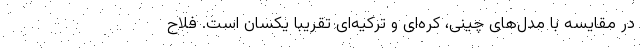
در مقایسه با مدل‌های چینی، کره‌ای و ترکیه‌ای تقریبا یکسان است. فلاح